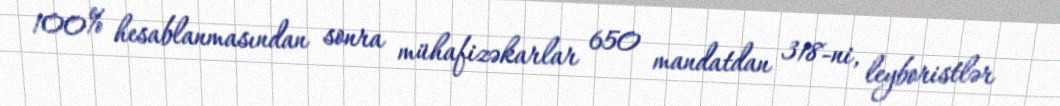
100% hesablanmasından sonra mühafizəkarlar 650 mandatdan 318-ni, leyboristlər